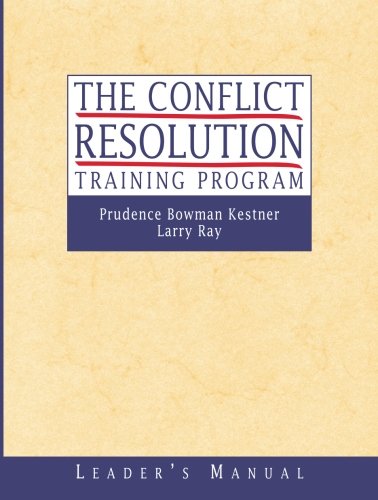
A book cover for The Conflict Resolution Training Program: Leader's Manual; Prudence B. Kestner; Business & Money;